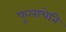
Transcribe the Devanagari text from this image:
फुलाचेनि